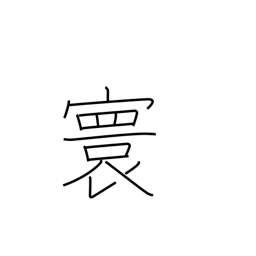
Meaning: imperial domain